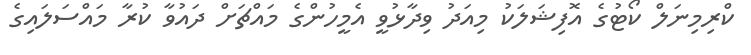
ކްރިމިނަލް ކޯޓުގެ އޮފިޝަލަކު މިއަދު ވިދާޅުވީ އެމީހުންގެ މައްޗަށް ދައުވާ ކުރާ މައްސަލައިގެ